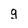
Character: g